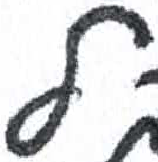
אות: ל